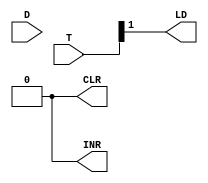
`timescale 1ns / 1ps
//////////////////////////////////////////////////////////////////////////////////
// Company: 
// Engineer: 
// 
// Design Name: 
// Module Name: IR_CONTROL
// Project Name: 
// Target Devices: 
// Tool Versions: 
// Description: 
// 
// Dependencies: 
// 
// Revision:
// Revision 0.01 - File Created
// Additional Comments:
// 
//////////////////////////////////////////////////////////////////////////////////


module IR_CONTROL(D, T, CLR, INR, LD);

    input [7:0] D, T;
    output INR, CLR, LD;
    
    assign INR = 0;
    assign CLR = 0;
    assign LD = T[1];
endmodule